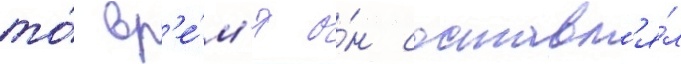
то́ вр'е́м'я о́н составл'я́л